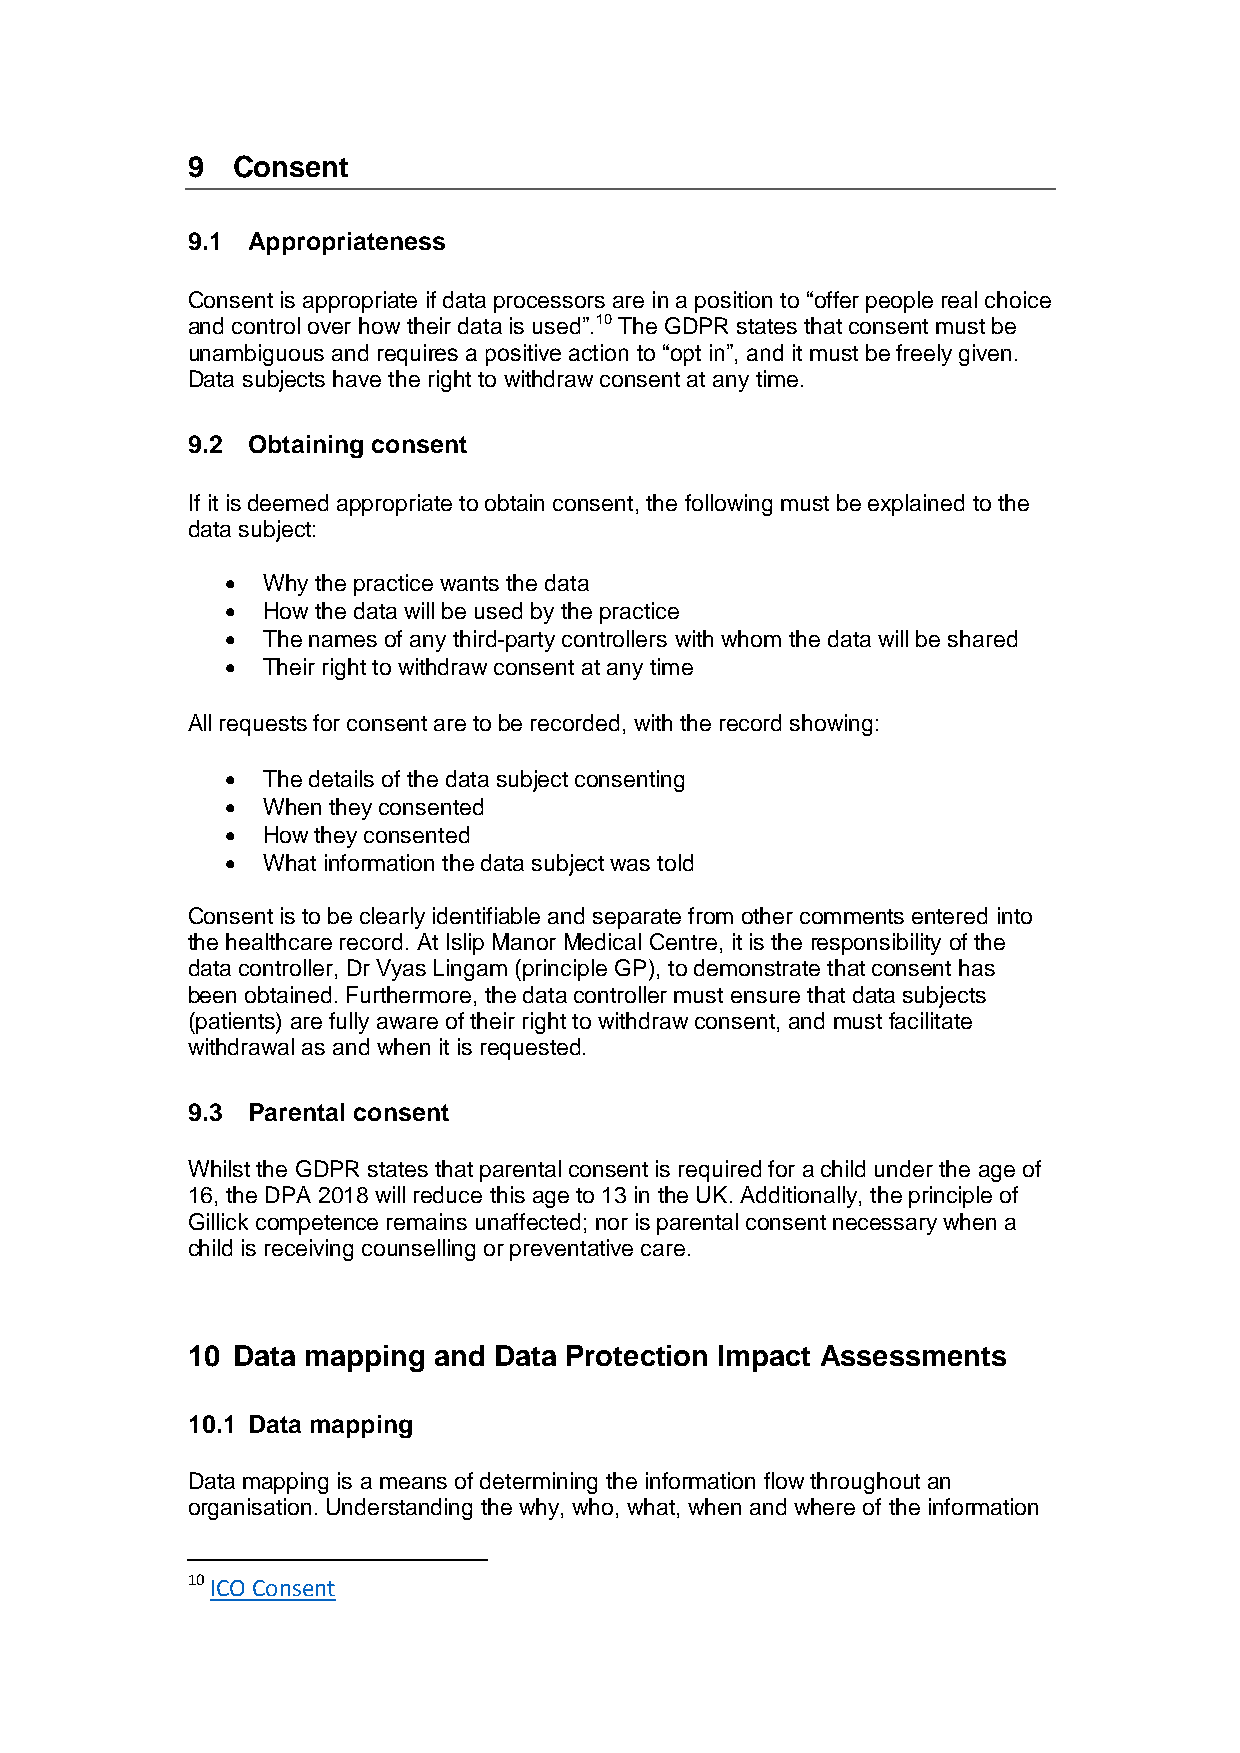
9  Consent
 9.1 Appropriateness
 Consent is appropriate if data processors are in a position to “offer people real choice
 and control over how their data is used”.10 The GDPR states that consent must be
 unambiguous and requires a positive action to “opt in”, and it must be freely given.
 Data subjects have the right to withdraw consent at any time.
 9.2 Obtaining consent
 If it is deemed appropriate to obtain consent, the following must be explained to the
 data subject:
  Why the practice wants the data
  How the data will be used by the practice
  The names of any third-party controllers with whom the data will be shared
  Their right to withdraw consent at any time
 All requests for consent are to be recorded, with the record showing:
  The details of the data subject consenting
  When they consented
  How they consented
  What information the data subject was told
 Consent is to be clearly identifiable and separate from other comments entered into
 the healthcare record. At Islip Manor Medical Centre, it is the responsibility of the
 data controller, Dr Vyas Lingam (principle GP), to demonstrate that consent has
 been obtained. Furthermore, the data controller must ensure that data subjects
 (patients) are fully aware of their right to withdraw consent, and must facilitate
 withdrawal as and when it is requested.
 9.3 Parental consent
 Whilst the GDPR states that parental consent is required for a child under the age of
 16, the DPA 2018 will reduce this age to 13 in the UK. Additionally, the principle of
 Gillick competence remains unaffected; nor is parental consent necessary when a
 child is receiving counselling or preventative care.
 10 Data mapping  and Data Protection Impact Assessments
 10.1 Data mapping
 Data mapping is a means of determining the information flow throughout an
 organisation. Understanding the why, who, what, when and where of the information
 10 ICO Consent